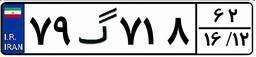
۷۹گ۷۱۸۶۲